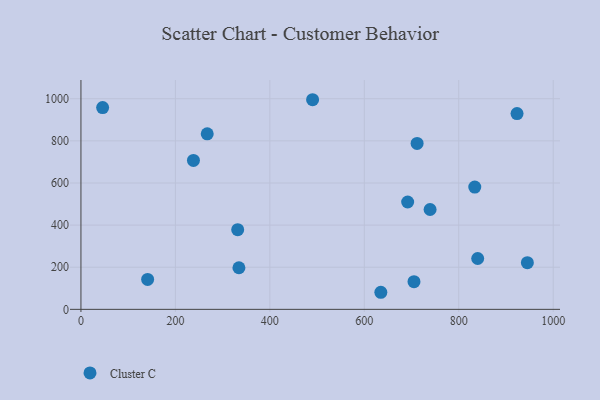
{"axis": {"x": "Speed", "y": "Rating"}, "legend": ["Cluster C"], "data": [{"x": "331.9", "y": 378.4, "type": "Cluster C"}, {"x": "945.3", "y": 221.7, "type": "Cluster C"}, {"x": "238.2", "y": 707.3, "type": "Cluster C"}, {"x": "267.4", "y": 833.7, "type": "Cluster C"}, {"x": "141.2", "y": 142.2, "type": "Cluster C"}, {"x": "833.9", "y": 580.8, "type": "Cluster C"}, {"x": "334.5", "y": 197.6, "type": "Cluster C"}, {"x": "711.8", "y": 787.7, "type": "Cluster C"}, {"x": "923.4", "y": 929.7, "type": "Cluster C"}, {"x": "705.2", "y": 131.2, "type": "Cluster C"}, {"x": "45.9", "y": 957.9, "type": "Cluster C"}, {"x": "691.8", "y": 509.7, "type": "Cluster C"}, {"x": "840.1", "y": 241.4, "type": "Cluster C"}, {"x": "490.5", "y": 995.4, "type": "Cluster C"}, {"x": "739.3", "y": 474.1, "type": "Cluster C"}, {"x": "635.0", "y": 81.1, "type": "Cluster C"}]}